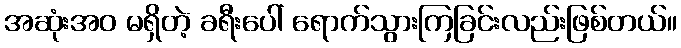
အဆုံးအဝ မရှိတဲ့ ခရီးပေါ် ရောက်သွားကြခြင်းလည်းဖြစ်တယ်။